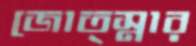
জোত্স্নার